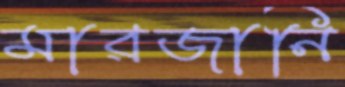
মারজানি